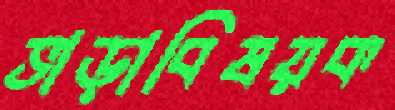
ভাড়াবিষয়ক